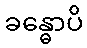
ခန္ဓောပိ